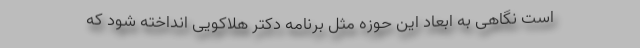
است نگاهی به ابعاد این حوزه مثل برنامه‌ دکتر هلاکویی انداخته شود که